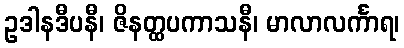
ဥဒါနဒီပနီ၊ ဇိနတ္ထပကာသနီ၊ မာလာလင်္ကာရ၊